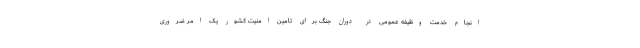
انجام خدمت وظیفه عمومی در دوران جنگ برای تامین امنیت کشور یک امر ضروری